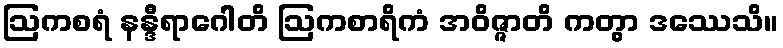
ဩကစရံ နန္ဒီရာဂေါတိ ဩကစာရိကံ အဝိဇ္ဇာတိ ကတွာ ဒဿေသိ။